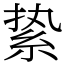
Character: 絷